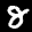
Label: 8